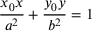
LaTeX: { \frac { x _ { 0 } x } { a ^ { 2 } } } + { \frac { y _ { 0 } y } { b ^ { 2 } } } = 1